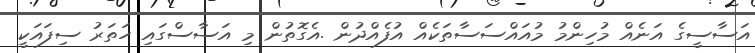
އަސާސީގެ އަނެއް މުހިންމު މުއައްސަސާތަކެއް އުފެއްދުން .އެގޮތުން މި އަސާސްގައި ހަތަރު ސިފައަކީ